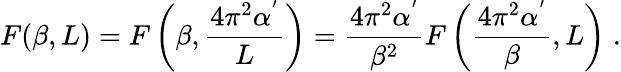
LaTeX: F(\beta,L)=F\left(\beta,\frac{4\pi^{2}\alpha^{'}}{L}\right)=\frac{4\pi^{2}\alpha^{'}}{\beta^{2}}F\left(\frac{4\pi^{2}\alpha^{'}}{\beta},L\right)\; .